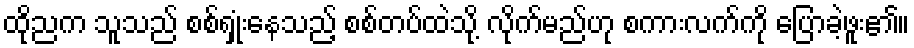
ထိုညက သူသည် စစ်ရှုံးနေသည့် စစ်တပ်ထဲသို့ လိုက်မည်ဟု စကားလက်ကို ပြောခဲ့ဖူး၏။